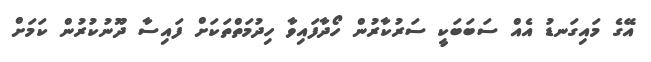
އޭގެ މައިގަނޑު އެއް ސަބަބަކީ ސަރުކާރުން ހޯދާފައިވާ ހިދުމަތްތަކަށް ފައިސާ ދޫނުކުރުން ކަމަށް